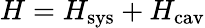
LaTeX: H=H_{\mathrm{sys}}+H_{\mathrm{cav}}